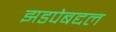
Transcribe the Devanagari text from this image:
झडपेबद्दल